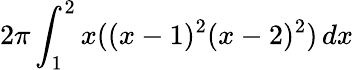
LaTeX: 2\pi\int_{1}^{2}x((x-1)^{2}(x-2)^{2})\, dx